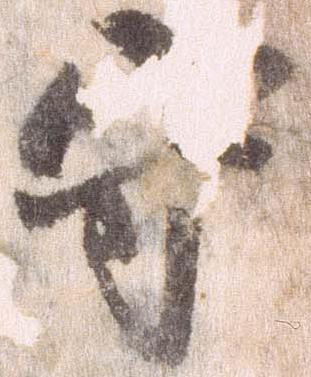
守